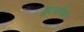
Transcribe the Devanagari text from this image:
गुदवाएँगे।